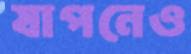
যাপনেও